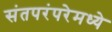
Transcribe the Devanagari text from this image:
संतपरंपरेमध्ये